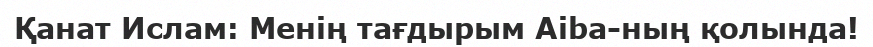
Қанат Ислам: Менің тағдырым Aiba-ның қолында!